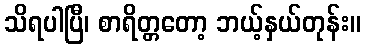
သိရပါပြီ၊ စာရိတ္တတော့ ဘယ့်နှယ်တုန်း။